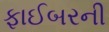
ફાઈબરની